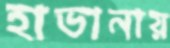
হাভানায়